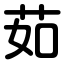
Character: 茹